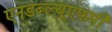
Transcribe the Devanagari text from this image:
एनडब्ल्यूएफपी